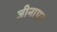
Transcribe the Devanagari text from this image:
जीनापुर